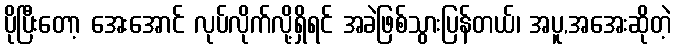
ပိုပြီးတော့ အေးအောင် လုပ်လိုက်လို့ရှိရင် အခဲဖြစ်သွားပြန်တယ်၊ အပူ,အအေးဆိုတဲ့